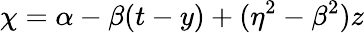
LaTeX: \chi=\alpha-\beta(t-y)+(\eta^{2}-\beta^{2})z